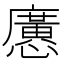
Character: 懬